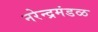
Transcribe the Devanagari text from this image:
नरेन्द्रमंडळ